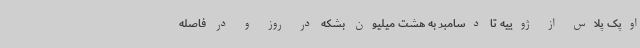
اوپک پلاس از ژوییه تا دسامبر به هشت میلیون بشکه در روز و در فاصله